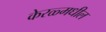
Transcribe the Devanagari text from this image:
केरळ्मधील